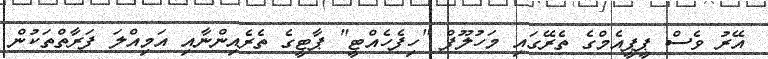
އޭރު ވެސް ޕީޕީއެމްގެ ތެރޭގައި މަހުލޫފް "ހިފެހެއްޓީ" ޕާޓީގެ ތެރެއިންނާއި އަމިއްލަ ފަރާތްތަކުން